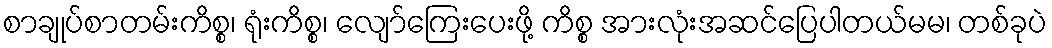
စာချုပ်စာတမ်းကိစ္စ၊ ရုံးကိစ္စ၊ လျော်ကြေးပေးဖို့ ကိစ္စ အားလုံးအဆင်ပြေပါတယ်မမ၊ တစ်ခုပဲ